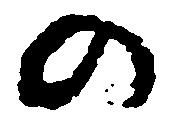
の